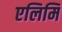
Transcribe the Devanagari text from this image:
एलिमि